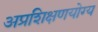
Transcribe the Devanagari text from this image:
अप्रशिक्षणयोग्य